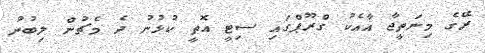
ރޭގެ މިނަތީޖާ އާއެކު ގްރޫޕްގައި ސިޓީ އޮތީ ކުޅުނު ދެ މެޗުން ލިބުނު